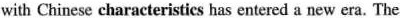
with Chinese characteristies has entered a new era. The